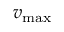
v _ { \mathrm { m a x } }